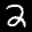
Label: 2